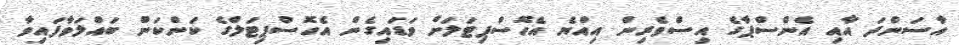
އާސަންދަ އާއި އެންސްޕާގެ އިސްވެރިން އިއްޔެ އެހޮސްޕިޓަލަށް ވަޑައިގެން އެހޮސްޕިޓަލްގެ ކަންކަން ބައްލަވާފައިވާ